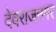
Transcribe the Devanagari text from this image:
देवराजनगर